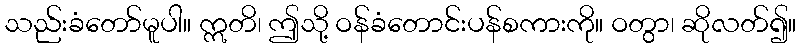
သည်းခံတော်မူပါ။ ဣတိ၊ ဤသို့ ဝန်ခံတောင်းပန်စကားကို။ ဝတွာ၊ ဆိုလတ်၍။